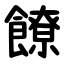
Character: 䭜